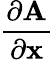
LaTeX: \frac{\partial{\mathbf A}}{\partial\mathbf x}